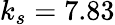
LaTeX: k_{s}=7.83